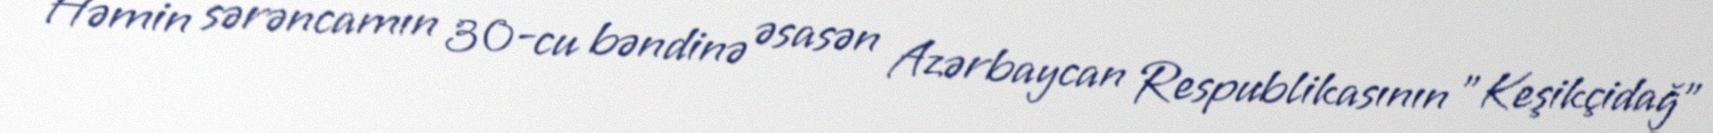
Həmin sərəncamın 30-cu bəndinə əsasən Azərbaycan Respublikasının "Keşikçidağ"